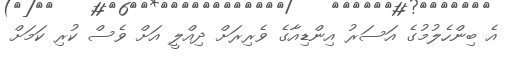
އެ ބިންހެލުމުގެ އަސަރު އިންޑިއާގެ ވެރިރަށް ދިއްލީ އަށް ވެސް ކުރި ކަމަށް